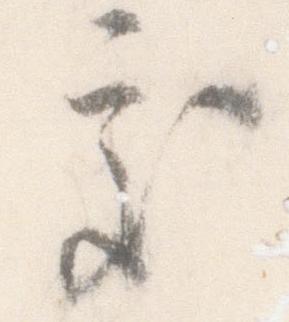
処